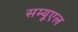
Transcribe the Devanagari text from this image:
सम्यूएल